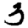
Digit: 3